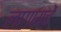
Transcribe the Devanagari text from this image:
लागायचें